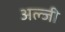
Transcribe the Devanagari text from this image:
अल्जी